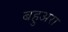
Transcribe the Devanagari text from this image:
बहुअरा